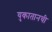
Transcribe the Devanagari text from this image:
युकातानची